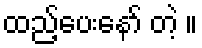
ထည့်ပေးနော် တဲ့ ။